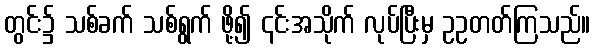
တွင်း၌ သစ်ခက် သစ်ရွက် ဖို့၍ ၎င်းအသိုက် လုပ်ပြီးမှ ဥဥတတ်ကြသည်။